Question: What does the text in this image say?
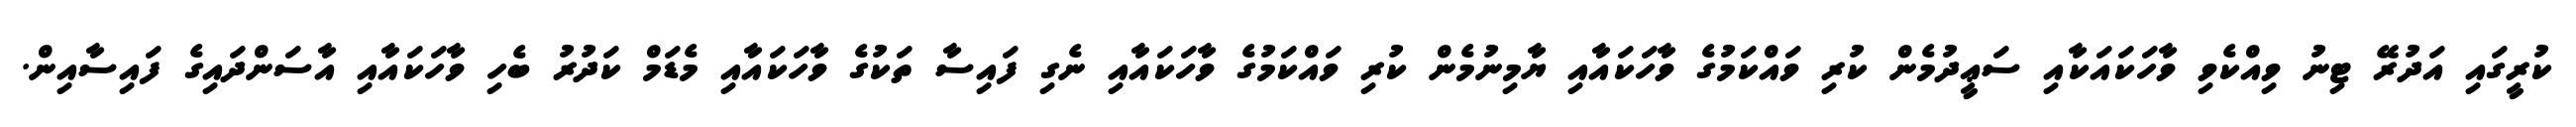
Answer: ކުރީގައި އަދުރޭ ޓިނު ވިއްކެވި ވާހަކައަކާއި ސަޢީދުމެން ކުރި ވައްކަމުގެ ވާހަކައާއި ޔާމިނުމެން ކުރި ވައްކަމުގެ ވާހަކައާއި ނެގި ފައިސާ ތަކުގެ ވާހަކައާއި މެޑަމް ކަދުރު ބެހި ވާހަކައާއި އާސަންދައިގެ ފައިސާއިން.